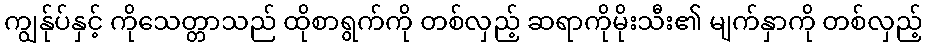
ကျွန်ုပ်နှင့် ကိုသေတ္တာသည် ထိုစာရွက်ကို တစ်လှည့် ဆရာကိုမိုးသီး၏ မျက်နှာကို တစ်လှည့်